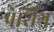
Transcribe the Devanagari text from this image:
पेर्शिंग